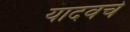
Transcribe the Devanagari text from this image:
यादवचे